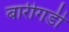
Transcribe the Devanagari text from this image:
बारीगडी